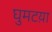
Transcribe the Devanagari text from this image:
घुमटय़ा